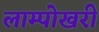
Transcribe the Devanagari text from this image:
लाम्पोखरी